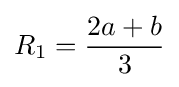
R_{1}={\frac {2a+b}{3}}